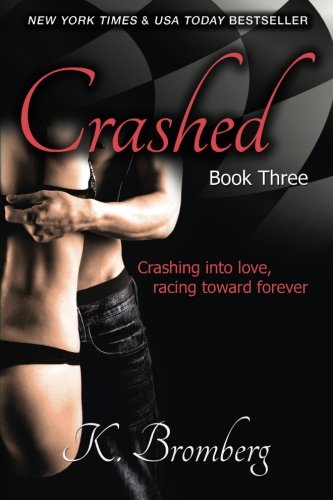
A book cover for Crashed (The Driven Trilogy); K. Bromberg; Romance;